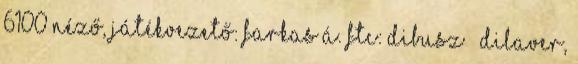
6100 néző, Játékvezető: Farkas Á. FTC: Dibusz – Dilaver,